Scottish Leaving Certificate Examination, 1956
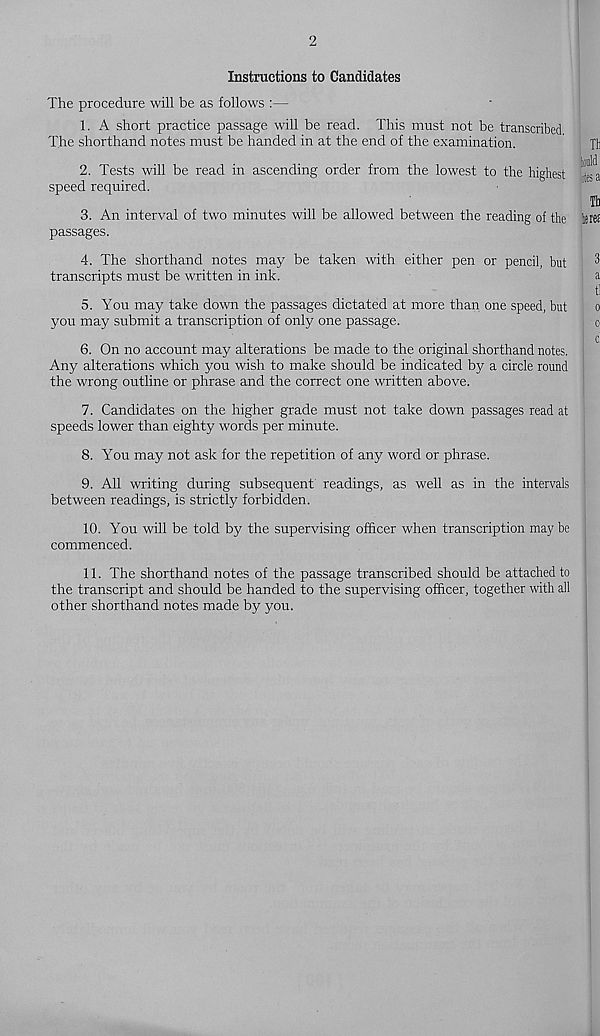
2
Instructions to Candidates
The procedure will be as follows :—
1. A short practice passage will be read. This must not be transcribed
The shorthand notes must be handed in at the end of the examination.
2. Tests will be read in ascending order from the lowest to the highest
speed required.
3. An interval of two minutes will be allowed between the reading of the
passages.
4. The shorthand notes may be taken with either pen or pencil, but
transcripts must be written in ink.
5. You may take down the passages dictated at more than one speed, but
you may submit a transcription of only one passage.
6. On no account may alterations be made to the original shorthand notes.
Any alterations which you wish to make should be indicated by a circle round
the wrong outline or phrase and the correct one written above.
7. Candidates on the higher grade must not take down passages read at
speeds lower than eighty words per minute.
8. You may not ask for the repetition of any word or phrase.
9. All writing during subsequent readings, as well as in the intervals
between readings, is strictly forbidden.
10. You will be told by the supervising officer when transcription may be
commenced.
11. The shorthand notes of the passage transcribed should be attached to
the transcript and should be handed to the supervising officer, together with all
other shorthand notes made by you.